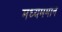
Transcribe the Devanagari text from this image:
मध्यममान